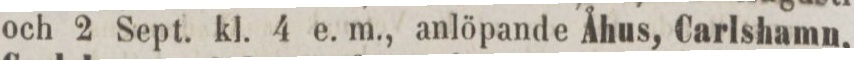
och 2 Sept. kl. 4 e. m., anlöpande Åhus, Carlshamn,